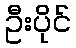
ဦးပိုင်